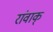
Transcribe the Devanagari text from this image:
रांवाक्